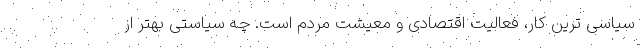
سیاسی ترین کار، فعالیت اقتصادی و معیشت مردم است. چه سیاستی بهتر از